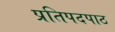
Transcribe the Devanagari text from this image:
प्रतिपदपाठ